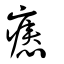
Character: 瘱